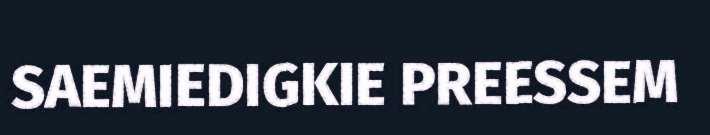
SAEMIEDIGKIE PREESSEM